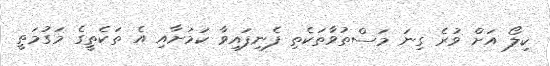
ކިލޯ އަށް ވުރެ ގިނަ މަސްތުވާތަކެތި ފެނިފައިވާ ކަމަށާއި އެ ތަކެތީގެ މަގުމަތީ